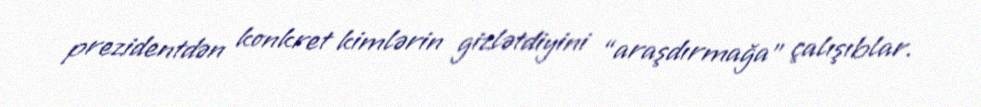
prezidentdən konkret kimlərin gizlətdiyini “araşdırmağa” çalışıblar.